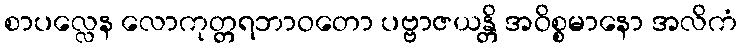
စာပလ္လေန လောကုတ္တရဘာဝတော ပဗ္ဗာဇယန္တိ အဝိစ္စမာနော အလိကံ